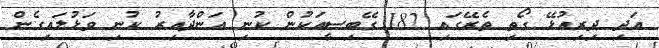
އަދި ދިރިއުޅޭ ގޯތި ތެރޭގައި 182 ގޭބިސީއަކުން ކުނި އަންދާއިރު ކުނި ވަޅުލައިގެން